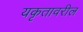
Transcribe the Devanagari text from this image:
यकृतावरील